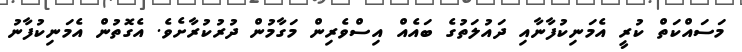
މަސައްކަތް ކުރީ އެމަނިކުފާނާއި ދައުލަތުގެ ބައެއް އިސްވެރިން މަގާމުން ދުރުކުރާށެވެ. އެގޮތުން އެމަނިކުފާނު